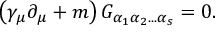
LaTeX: \left( \gamma _ { \mu } \partial _ { \mu } + m \right) G _ { \alpha _ { 1 } \alpha _ { 2 } . . . \alpha _ { s } } = 0 .